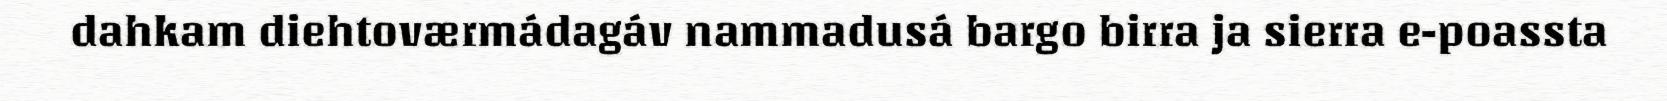
dahkam diehtoværmádagáv nammadusá bargo birra ja sierra e-poassta